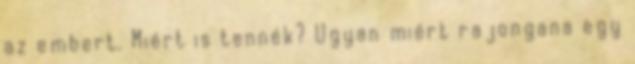
az embert. Miért is tennék? Ugyan miért rajongana egy